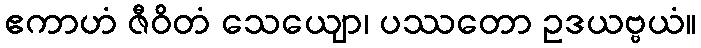
ဧကာဟံ ဇီဝိတံ သေယျော၊ ပဿတော ဥဒယဗ္ဗယံ။